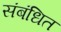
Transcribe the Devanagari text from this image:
संबंधित